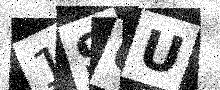
Text: 196U